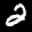
Label: 2